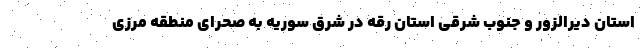
استان دیرالزور و جنوب شرقی استان رقه در شرق سوریه به صحرای منطقه مرزی